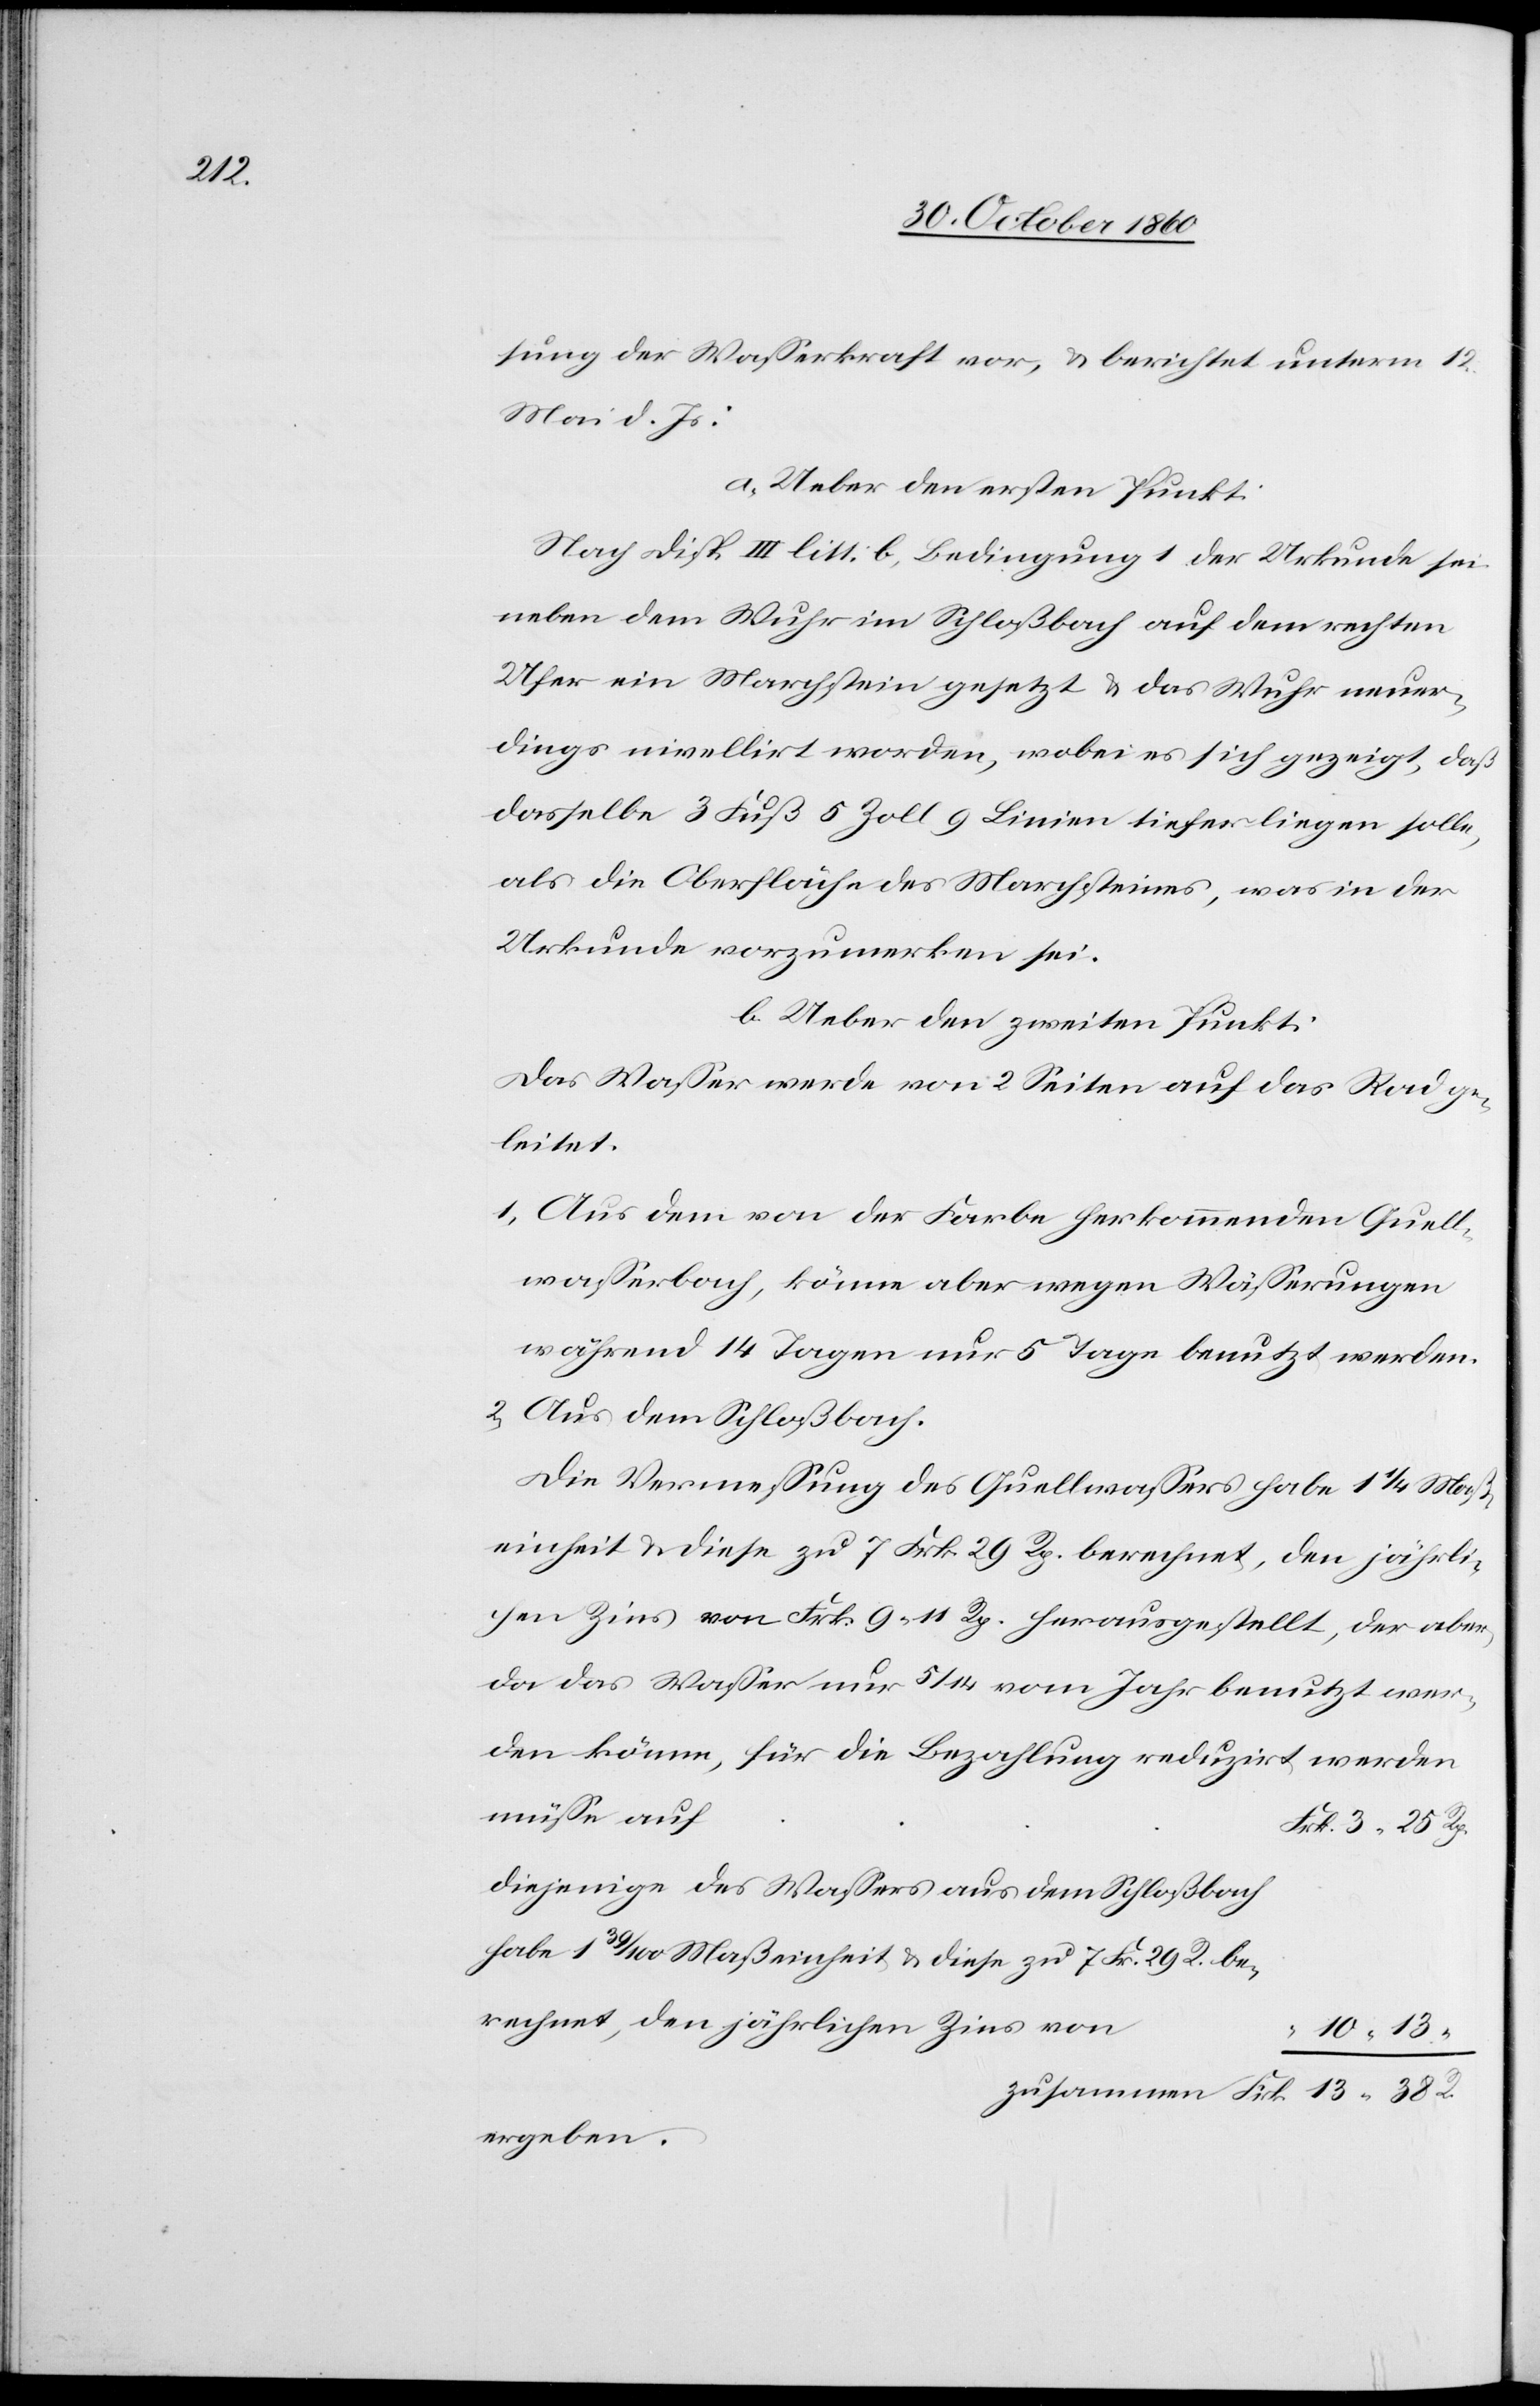
R.

sung der Wasserkraft vor, u. berichtet unterm 12.
Mai d. Js.:
a. Ueber den ersten Punkt.
Nach Disp. III litt. b, Bedingung 1 der Urkunde sei
neben dem Wuhr im Schloßbach auf dem rechten
Ufer ein Marchstein gesetzt u. das Wuhr neuer¬
dings nivellirt worden, wobei es sich gezeigt, daß
dasselbe 3 Fuß 5 Zoll 9 Linien tiefer liegen solle,
als die Oberfläche des Marchsteines, was in der
Urkunde vorzumerken sei.
b. Ueber den zweiten Punkt:
Das Wasser werde von 2 Seiten auf das Rad ge¬
leitet.
1. Aus dem von der Farbe herkommenden Quell¬
wasserbach, könne aber wegen Wässerungen
während 14 Tagen nur 5 Tage benutzt werden.
2. Aus dem Schloßbach.
Die Vermessung des Quellwasser habe 1 1/4 Maß¬
einheit u. diese zu 7 Frk. 29 Rp. berechnet, den jährli¬
chen Zins von Frk. 9 11 Rp. herausgestellt, der aber,
da das Wasser nur 5/14 vom Jahr benutzt wer¬
den könne, für die Bezahlung reduzirt werden
müsse auf
diejenige des Wassers aus dem Schloßbach
habe 1 30/100 Maßeinheit u. diese zu 7 Fr. 29 R. be¬
rechnet, den jährlichen Zins von
ergeben.